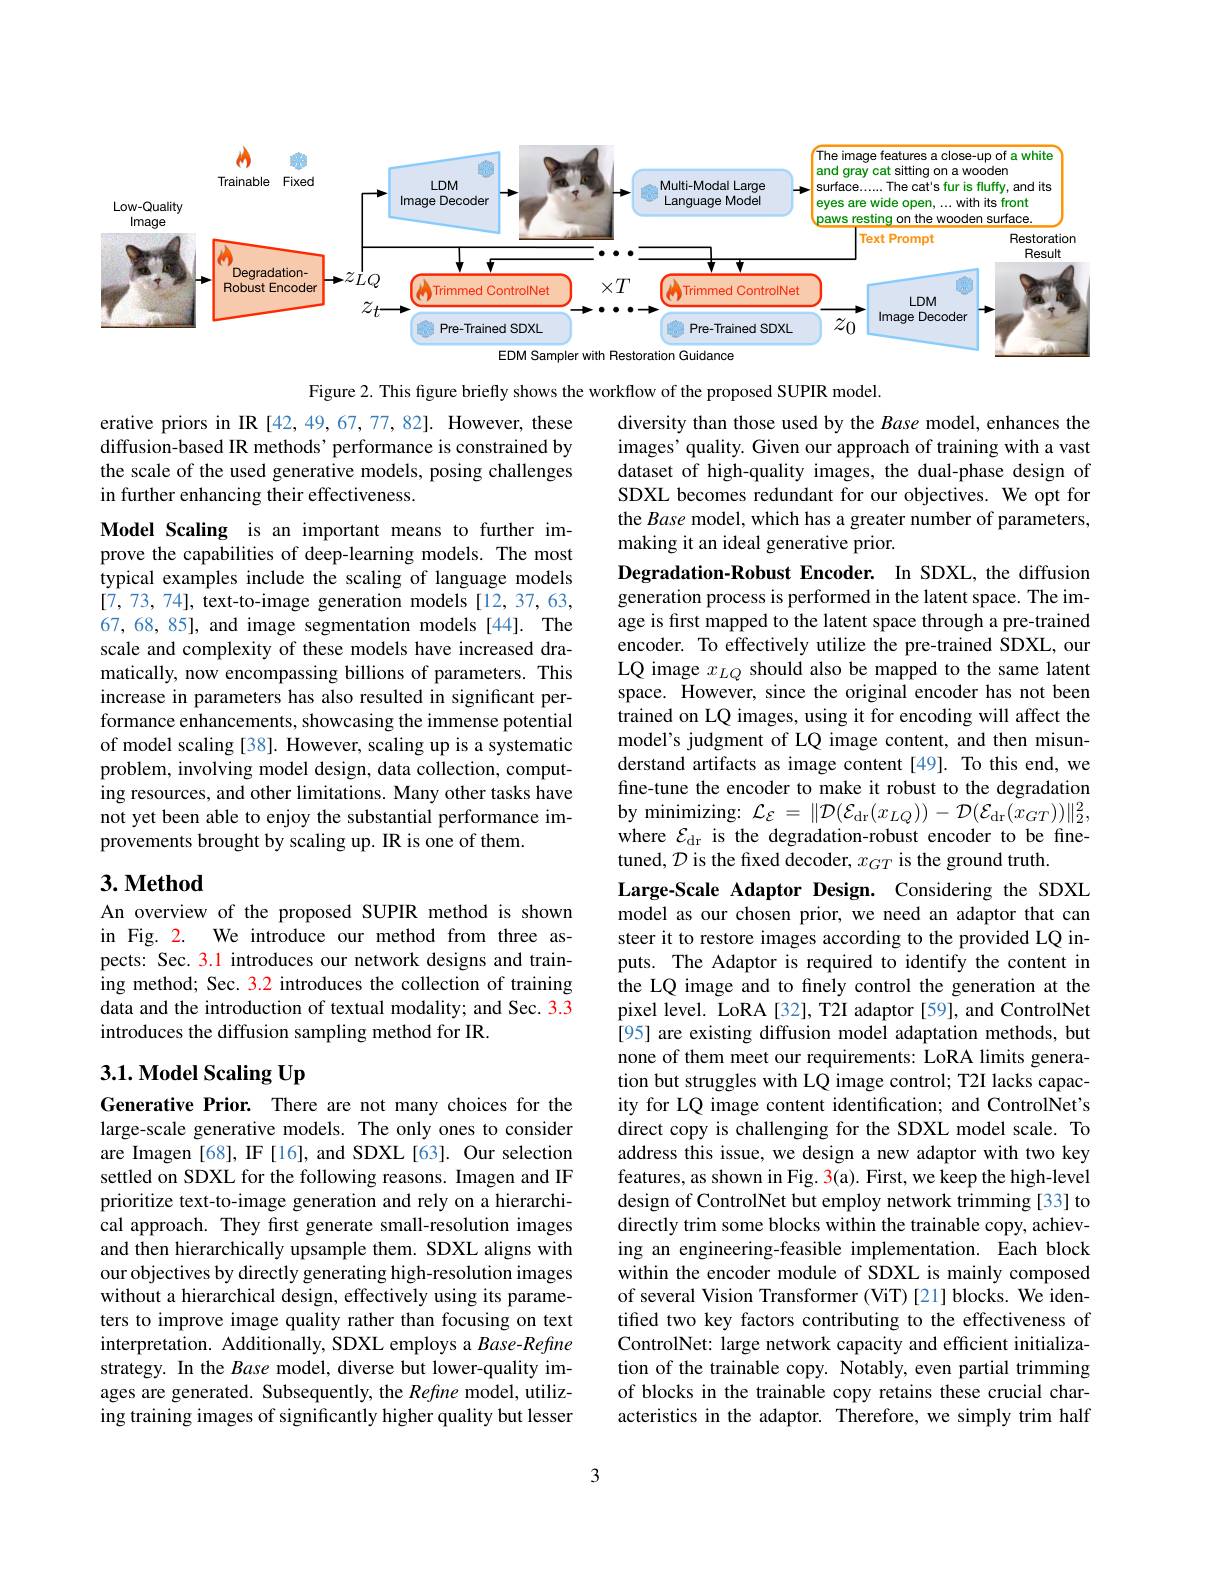
<FigureHere>

Figure 2. This figure briefly shows the workflow of the proposed SUPIR model.

erative priors in IR [42,49,67,77,82]. However, these diffusion-based IR methods' performance is constrained by the scale of the used generative models, posing challenges in further enhancing their effectiveness.

diversity than those used by the Base model, enhances the images' quality. Given our approach of training with a vast dataset of high-quality images, the dual-phase design of SDXL becomes redundant for our objectives. We opt for the Base model, which has a greater number of parameters, making it an ideal generative prior.

Model Scaling is an important means to further improve the capabilities of deep-learning models. The most typical examples include the scaling of language models [7,73,74], text-to-image generation models[12,37,63, 67, 68, 85], and image segmentation models [44]. The scale and complexity of these models have increased dramatically, now encompassing billions of parameters. This increase in parameters has also resulted in significant performance enhancements, showcasing the immense potential of model scaling [38]. However, scaling up is a systematic problem, involving model design, data collection, computing resources, and other limitations. Many other tasks have not yet been able to enjoy the substantial performance improvements brought by scaling up. IR is one of them.

## $3. \textbf{Method}$

Degradation-Robust Encoder. In SDXL, the diffusion generation process is performed in the latent space. The image is first mapped to the latent space through a pre-trained encoder. To effectively utilize the pre-trained SDXL, our LQ image $x_{LQ}$ should also be mapped to the same latent space. However, since the original encoder has not been trained on LQ images, using it for encoding will affect the model's judgment of LQ image content, and then misunderstand artifacts as image content[49]. To this end, we fine-tune the encoder to make it robust to the degradation by minimizing: $\mathcal{L} _{\mathcal{E} }= \| \mathcal{D} ( \mathcal{E} _{\mathrm{dr}}( x_{LQ}) ) - \mathcal{D} ( \mathcal{E} _{\mathrm{dr}}( \dot{x} _{GT}) ) \| _{2}^{2}$, where $\mathcal{E}_\mathrm{dr}$ is the degradation-robust encoder to be finetuned, $\mathcal{D}$ is the fixed decoder, $x_GT$ is the ground truth.
Large-Scale Adaptor Design. Considering the SDXL model as our chosen prior, we need an adaptor that can steer it to restore images according to the provided LQ inputs. The Adaptor is required to identify the content in the LQ image and to fnely control the generation at the pixel level. LoRA[32], T2I adaptor [59], and ControlNet [95] are existing diffusion model adaptation methods, but none of them meet our requirements: LoRA limits generation but struggles with LQ image control; T2I lacks capacity for LQ image content identification; and ControlNet's direct copy is challenging for the SDXL model scale. To address this issue, we design a new adaptor with two key features, as shown in Fig. 3(a). First, we keep the high-level design of ControlNet but employ network trimming [33] to directly trim some blocks within the trainable copy, achieving an engineering-feasible implementation. Each block within the encoder module of SDXL is mainly composed of several Vision Transformer (ViT)[21] blocks. We identified two key factors contributing to the effectiveness of ControlNet: large network capacity and efficient initialization of the trainable copy. Notably, even partial trimming of blocks in the trainable copy retains these crucial characteristics in the adaptor. Therefore, we simply trim half

An overview of the proposed SUPIR method is shown in Fig. 2. We introduce our method from three aspects: Sec. 3.1 introduces our network designs and training method; Sec. 3.2 introduces the collection of training data and the introduction of textual modality; and Sec. 3.3 introduces the diffusion sampling method for IR.

## $3. 1. \textbf{Model Scaling Up}$

Generative Prior. There are not many choices for the large-scale generative models. The only ones to consider are Imagen [68], IF[16], and SDXL[63]. Our selection settled on SDXL for the following reasons. Imagen and IF prioritize text-to-image generation and rely on a hierarchical approach. They first generate small-resolution images and then hierarchically upsample them. SDXL aligns with our objectives by directly generating high-resolution images without a hierarchical design, effectively using its parameters to improve image quality rather than focusing on text interpretation. Additionally, SDXL employs a Base-Refine strategy. In the Base model, diverse but lower-quality images are generated. Subsequently, the Refine model, utilizing training images of significantly higher quality but lesser

3